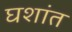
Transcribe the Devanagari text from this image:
घशांत